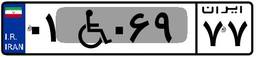
۴۳W۵۲۴۹۸